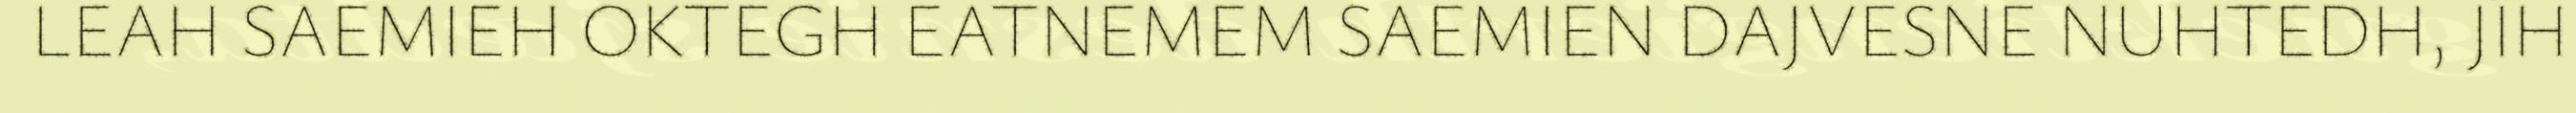
LEAH SAEMIEH OKTEGH EATNEMEM SAEMIEN DAJVESNE NUHTEDH, JÏH